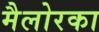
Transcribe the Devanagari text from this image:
मैलोरका